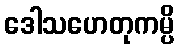
ဒေါသဟေတုကမ္ပိ